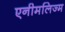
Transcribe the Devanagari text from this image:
एनीमलिज्म